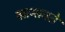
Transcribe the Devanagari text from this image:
सामावते